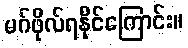
မဂ်ဖိုလ်ရနိုင်ကြောင်း။